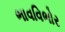
ભાવવિભોર